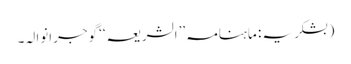
(بشکریہ: ماہنامہ ’’الشریعہ‘‘ گوجرانوالہ۔